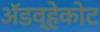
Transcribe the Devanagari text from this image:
ॲडव्हेकोट